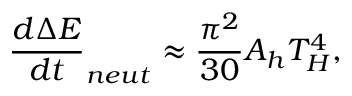
\frac { d \Delta E } { d t } _ { n e u t } \approx \frac { \pi ^ { 2 } } { 3 0 } A _ { h } T _ { H } ^ { 4 } ,